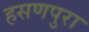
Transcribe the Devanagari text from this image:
हसणपुरा